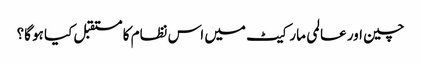
چین اور عالمی مارکیٹ میں اس نظام کا مستقبل کیا ہو گا؟